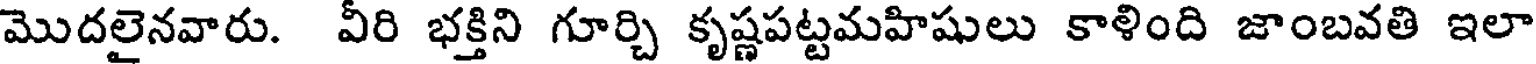
మొదలైనవారు. వీరి భక్తిని గూర్చి కృష్ణపట్టమహిషులు కాళింది జాంబవతి ఇలా